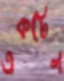
একটেল